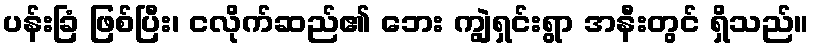
ပန်းခြံ ဖြစ်ပြီး၊ ငလိုက်ဆည်၏ ဘေး ကျွဲရှင်းရွာ အနီးတွင် ရှိသည်။